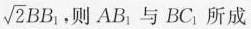
\sqrt { 2 } B B _ { 1 }$$ ，则AB_{1}与BC_{1}所成